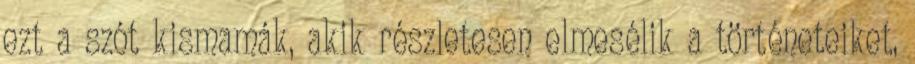
ezt a szót kismamák, akik részletesen elmesélik a történeteiket,